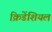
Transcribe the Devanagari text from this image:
क्रिडेंशियल